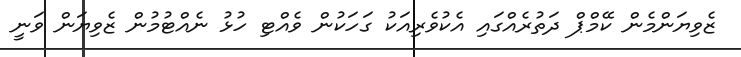
ޒެވިޔަންމެން ކޭމްޕް ދަތުރެއްގައި އެކުވެރިއަކު ގަހަކުން ވެއްޓި ހުޅު ނެއްޓުމުން ޒެވިޔަން ވަނީ